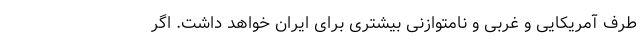
طرف آمریکایی و غربی و نامتوازنی بیشتری برای ایران خواهد داشت. اگر